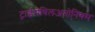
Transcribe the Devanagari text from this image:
ट्राईमेथिलअनोनियम